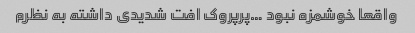
واقعا خوشمزه نبود …پرپروک افت شدیدی داشته به نظرم